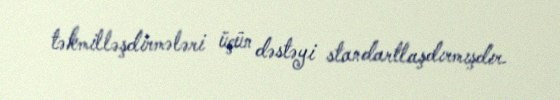
təkmilləşdirmələri üçün dəstəyi standartlaşdırmışdır.